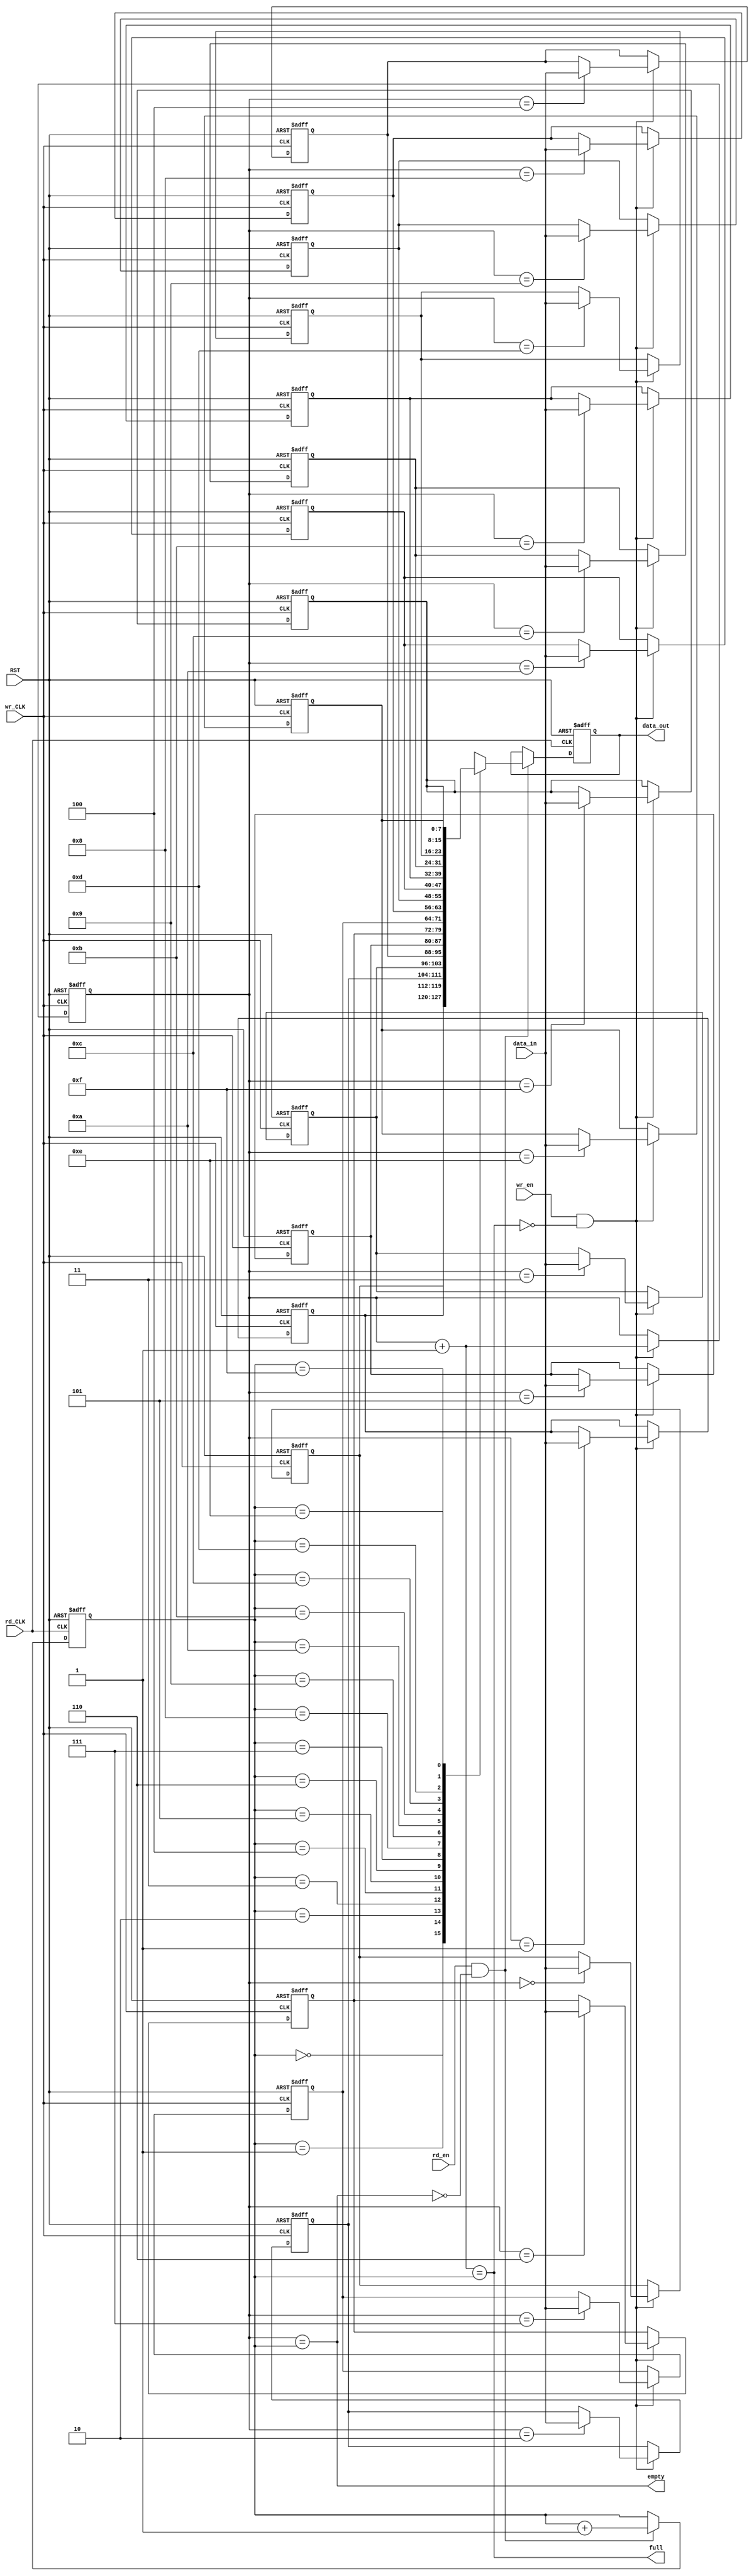
// Code your design here
module Asynch_FIFO #(
    parameter data_width = 8,
    parameter FIFO_depth = 16
) (
    input  [(data_width - 1):0] data_in,
    input wr_CLK, rd_CLK, RST, wr_en, rd_en,
    output  reg [(data_width - 1):0] data_out,
    output full, empty
);
  localparam addr_width = $clog2(FIFO_depth);
  
  reg [(data_width-1):0] mem [0:(FIFO_depth-1)];
  reg [(addr_width):0] FIFO_count = 4'b0;
  reg [(addr_width-1):0] rd_ptr = 4'b0;
  reg [(addr_width-1):0] wr_ptr = 4'b0;
  integer i;

  assign full = ((wr_ptr + 1'b1) == rd_ptr);
  assign empty = (wr_ptr == rd_ptr);


//write_data_in
  always @(posedge wr_CLK or posedge RST) begin
    if(RST) begin
        for (i =0; i<FIFO_depth; i=i+1 ) begin
            mem[i] <= 8'b0;     
        end
        wr_ptr <= 0;
    end
    else if(wr_en && ~full) begin
      mem[wr_ptr] <= data_in;
      wr_ptr <= wr_ptr +1;
    end
    else begin
        wr_ptr <= wr_ptr;
    end
  end  


//read_data_out
  always @(posedge rd_CLK or posedge RST) begin
    if(RST) begin
            data_out <= 8'b0;
            rd_ptr <= 0;
    end
    else if(rd_en & ~empty) begin
      data_out <= mem[rd_ptr];
      rd_ptr <= rd_ptr +1;
    end
    else begin
        rd_ptr <= rd_ptr;
    end
  end
endmodule